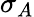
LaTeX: \sigma_{A}